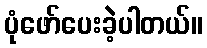
ပုံဖော်ပေးခဲ့ပါတယ်။